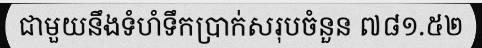
ជាមួយនឹងទំហំទឹកប្រាក់សរុបចំនួន ៧៨១.៥២